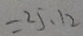
= 2 5 . 1 2